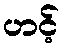
ဟင့်